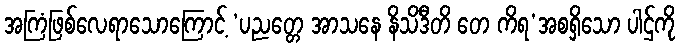
အကြံဖြစ်လေရာသောကြောင့် ‘ပညတ္တေ အာသနေ နိသိဒီတိ တေ ကိရ’အစရှိသော ပါဌ်ကို